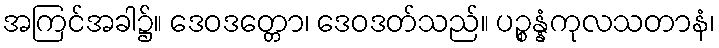
အကြင်အခါ၌။ ဒေဝဒတ္တော၊ ဒေဝဒတ်သည်။ ပဉ္စန္နံကုလသတာနံ၊